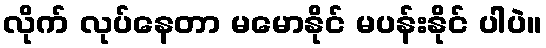
လိုက် လုပ်နေတာ မမောနိုင် မပန်းနိုင် ပါပဲ။